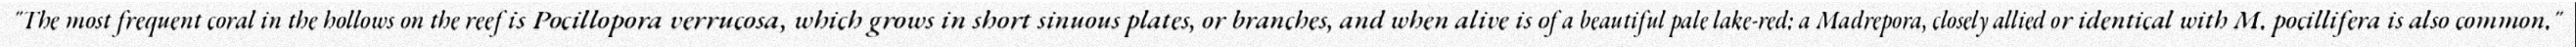
"The most frequent coral in the hollows on the reef is Pocillopora verrucosa, which grows in short sinuous plates, or branches, and when alive is of a beautiful pale lake-red: a Madrepora, closely allied or identical with M. pocillifera is also common."